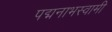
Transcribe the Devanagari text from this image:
पद्मनाभस्‍वामी